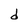
Character: d